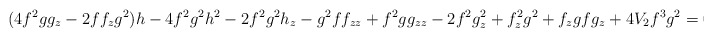
\begin{align*}(4f^2gg_z-2ff_zg^2)h-4f^2g^2h^2-2f^2g^2h_z-g^2ff_{zz}+ f^2gg_{zz}-2f^2g_z^2 +f_z^2g^2+f_zgfg_z+4V_2f^3g^2=0.\end{align*}